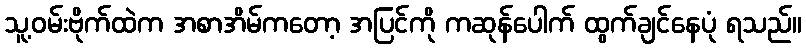
သူ့ဝမ်းဗိုက်ထဲက အစာအိမ်ကတော့ အပြင်ကို ကဆုန်ပေါက် ထွက်ချင်နေပုံ ရသည်။